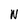
Character: N